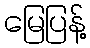
မြေပြန့်